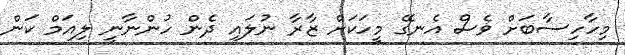
މިހާހިސާބަށް ވެސް އެނގޭ މީހަކަށް ޒާރާ ނުލައި ދެން ހުންނާނީ ލިއަމް ކަން